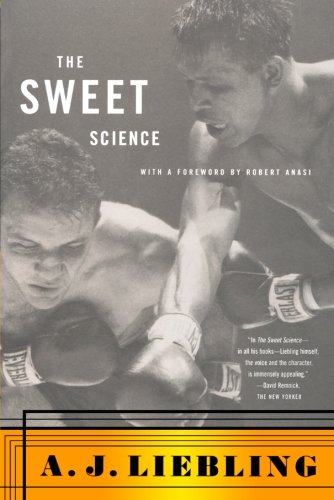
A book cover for The Sweet Science; A.J. Liebling; Sports & Outdoors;